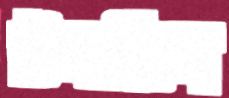
টলাতিস